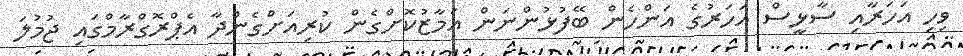
ވިހި އަހަރާއި ސާޅީސް އަހަރުގެ އަންހެން ބޭފުޅުންނަން އަމާޒުކޮށްގެން ކުރިއަށްގެންދާ އެޕްރޮގްރާމްގައި ޖުމުލަ